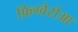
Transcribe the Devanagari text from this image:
फिग्वेरोआ